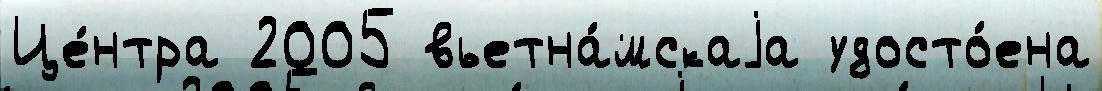
Це́нтра 2005 вьетна́мскаjа удосто́ена